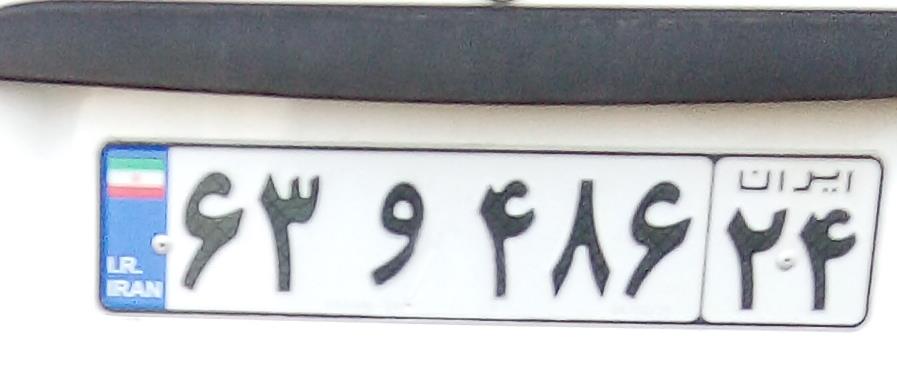
۶۳و۴۸۶۲۴